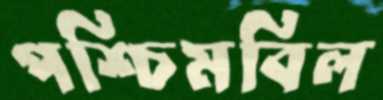
পশ্চিমবিল